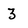
Character: 3